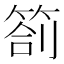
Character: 箚